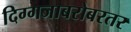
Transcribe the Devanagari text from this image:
दिग्गजाबरोबरतर